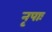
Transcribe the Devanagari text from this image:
नृपाः